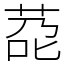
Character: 莻